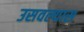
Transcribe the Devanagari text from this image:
उसवल्यास